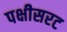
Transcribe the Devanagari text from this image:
पक्षीसरट